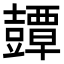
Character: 𧰘